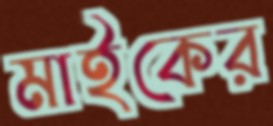
মাইকের